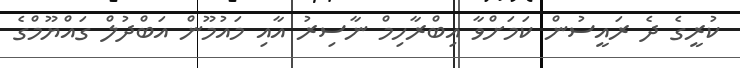
ކުރީގެ ދެ ރައީސުން ކަމަށްވާ އިބްރާހިމް ނާސިރު އާއި މައުމޫން އަބްދުލް ގައްޔޫމްގެ